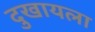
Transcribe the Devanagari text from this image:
दुखायला